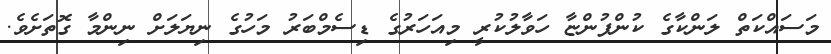
މަސައްކަތް ލަންކާގެ ކުންފުންޏާ ހަވާލުކުރީ މިއަހަރުގެ ޑިސެމްބަރު މަހުގެ ނިޔަލަށް ނިންމާ ގޮތަށެވެ.